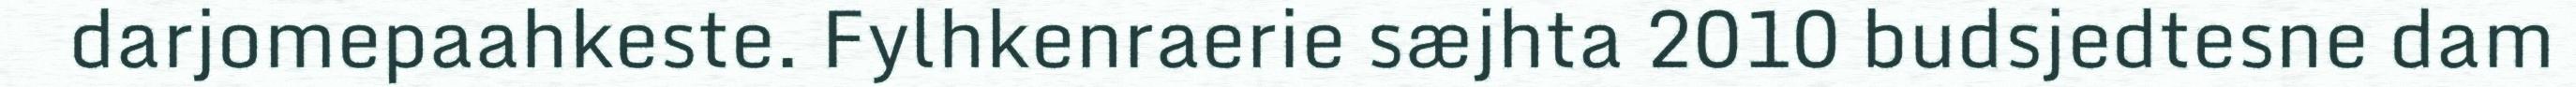
darjomepaahkeste. Fylhkenraerie sæjhta 2010 budsjedtesne dam